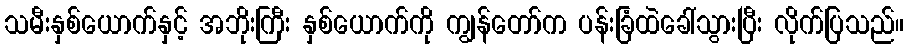
သမီးနှစ်ယောက်နှင့် အဘိုးကြီး နှစ်ယောက်ကို ကျွန်တော်က ပန်းခြံထဲခေါ်သွားပြီး လိုက်ပြသည်။